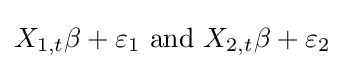
X_{1,t}\beta +\varepsilon _{1}{\text{ and }}X_{2,t}\beta +\varepsilon _{2}